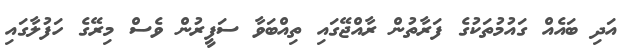
އަދި ބައެއް ގައުމުތަކުގެ ފަރާތުން ރާއްޖޭގައި ތިއްބަވާ ސަފީރުން ވެސް މިރޭގެ ހަފުލާގައި